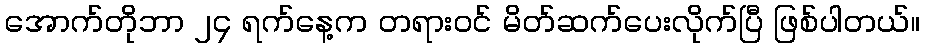
အောက်တိုဘာ ၂၄ ရက်နေ့က တရားဝင် မိတ်ဆက်ပေးလိုက်ပြီ ဖြစ်ပါတယ်။